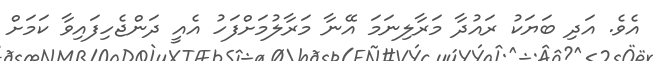
އެވެ. އަދި ބަޔަކު ރައުދާ މަރާލިނަމަ އޭނާ މަރާލުމަށްފަހު އެއީ ދަންޖެހިފައިވާ ކަމަށް